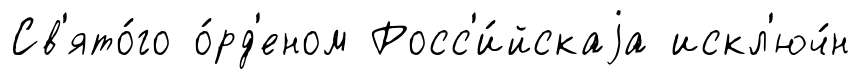
Св'ято́го о́рд'еном Росс'и́йскаjа искл'юч́н